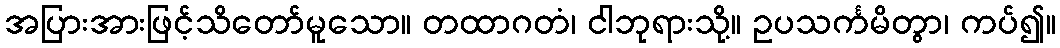
အပြားအားဖြင့်သိတော်မူသော။ တထာဂတံ၊ ငါဘုရားသို့။ ဥပသင်္ကမိတွာ၊ ကပ်၍။